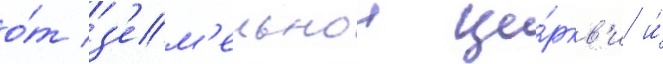
о́т з'ем'ельнои це́ркв'и и́